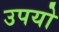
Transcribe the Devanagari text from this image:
उपयो